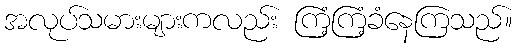
အလုပ်သမားများကလည်း ကြံ့ကြံ့ခံနေကြသည်။